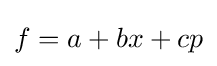
f=a+bx+cp